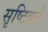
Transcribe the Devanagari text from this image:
सृष्टिवर्त